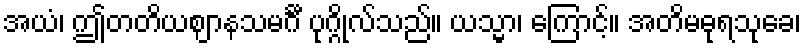
အယံ၊ ဤတတိယဈာနသမင်္ဂီ ပုဂ္ဂိုလ်သည်။ ယသ္မာ၊ ကြောင့်။ အတိမဓုရသုခေ၊